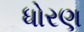
ધોરણ